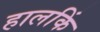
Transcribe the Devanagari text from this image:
हालकिं